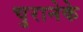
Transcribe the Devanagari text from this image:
चुरानेके